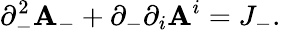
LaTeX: \partial_{-}^{2}\mathbf{A}_{-}+\partial_{-}\partial_{i}\mathbf{A}^{i}=J_{-}.